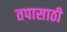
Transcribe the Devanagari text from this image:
तपासाठी